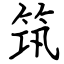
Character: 筑